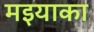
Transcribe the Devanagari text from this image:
मइयाका